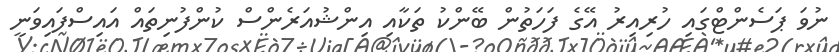
ނުވަ ޕަސެންޓްގައި ހުރިއިރު އޭގެ ފަހަތުން ބޭންކު ތަކާއި އިންޝުއަރެންސް ކުންފުނިތައް އައިސްފައިވަނީ